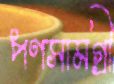
পণসামগ্রী